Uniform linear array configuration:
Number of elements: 64
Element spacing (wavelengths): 0.75
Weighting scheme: blackman
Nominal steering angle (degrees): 0
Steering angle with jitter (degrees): -1.939
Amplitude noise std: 0.05
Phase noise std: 0.05

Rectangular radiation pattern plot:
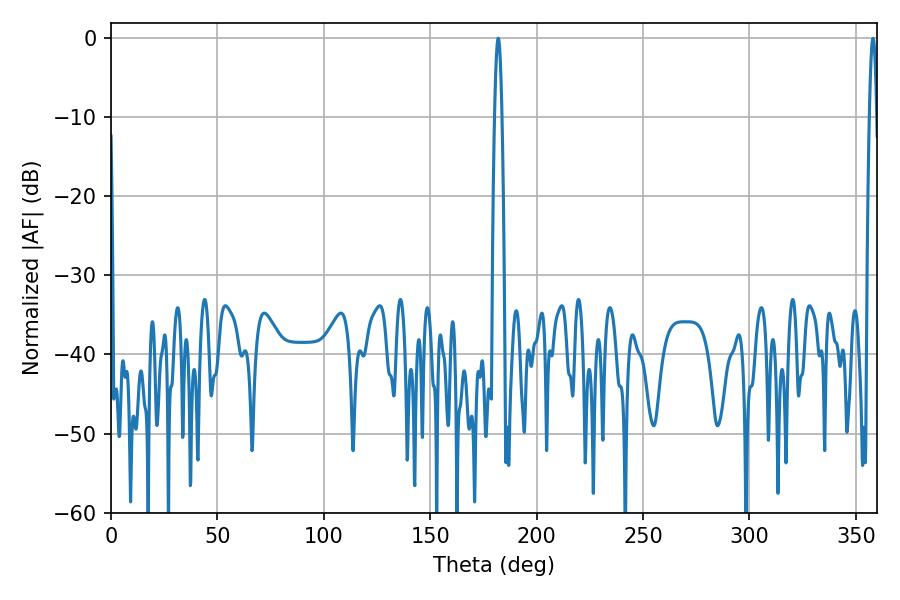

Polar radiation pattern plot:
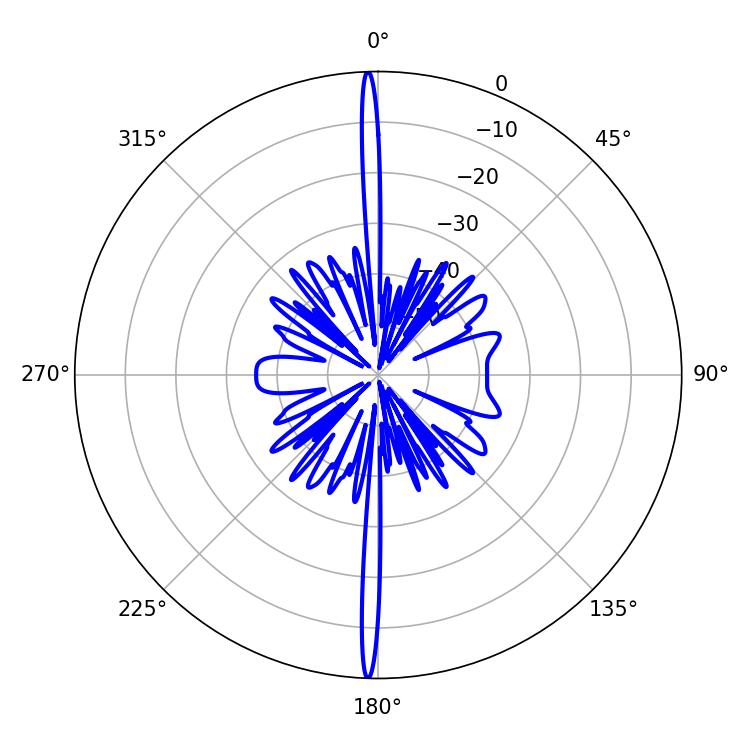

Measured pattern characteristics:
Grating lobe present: TRUE
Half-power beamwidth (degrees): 1.8
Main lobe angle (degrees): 358.02